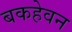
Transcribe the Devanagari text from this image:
बकहेवन